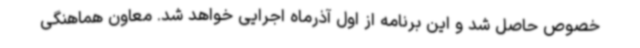
خصوص حاصل شد و این برنامه از اول آذرماه اجرایی خواهد شد. معاون هماهنگی